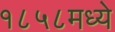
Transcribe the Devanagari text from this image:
१८५८मध्ये